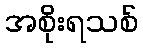
အစိုးရသစ်